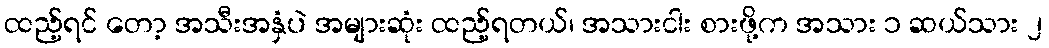
ထည့်ရင် တော့ အသီးအနှံပဲ အများဆုံး ထည့်ရတယ်၊ အသားငါး စားဖို့က အသား ၁ ဆယ်သား ၂